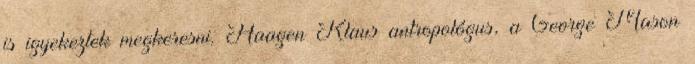
is igyekeztek megkeresni. Haagen Klaus antropológus, a George Mason